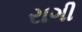
રાગી